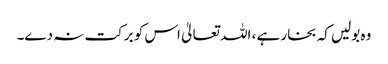
وہ بولیں کہ بخار ہے ، اللہ تعالیٰ اس کو برکت نہ دے۔